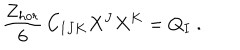
LaTeX: { \frac { Z _ { h o r } } { 6 } } \, C _ { I J K } X ^ { J } X ^ { K } = Q _ { I } \ .